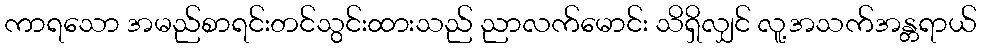
ကာရသော အမည်စာရင်းတင်သွင်းထားသည် ညာလက်မောင်း သိရှိလျှင် လူ့အသက်အန္တရာယ်